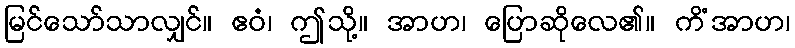
မြင်သော်သာလျှင်။ ဧဝံ၊ ဤသို့။ အာဟ၊ ပြောဆိုလေ၏။ ကိံအာဟ၊